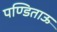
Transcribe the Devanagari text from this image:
पण्डिताऊ